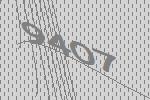
9407